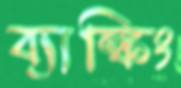
ব্যাঙ্কিং